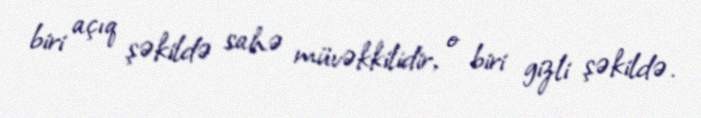
biri açıq şəkildə sahə müvəkkilidir, o biri gizli şəkildə.